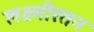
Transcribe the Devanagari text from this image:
लक्ष्मीरतन